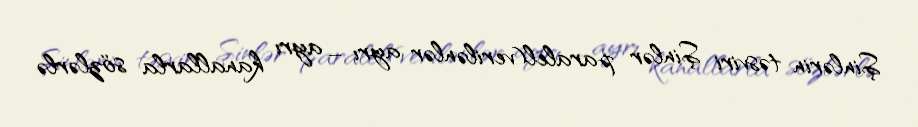
Şinlərin təsviri Şinlər paralel(verilənlər ayrı – ayrı kanallarla sözlərlə